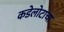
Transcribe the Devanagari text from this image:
कडेलोटाचा